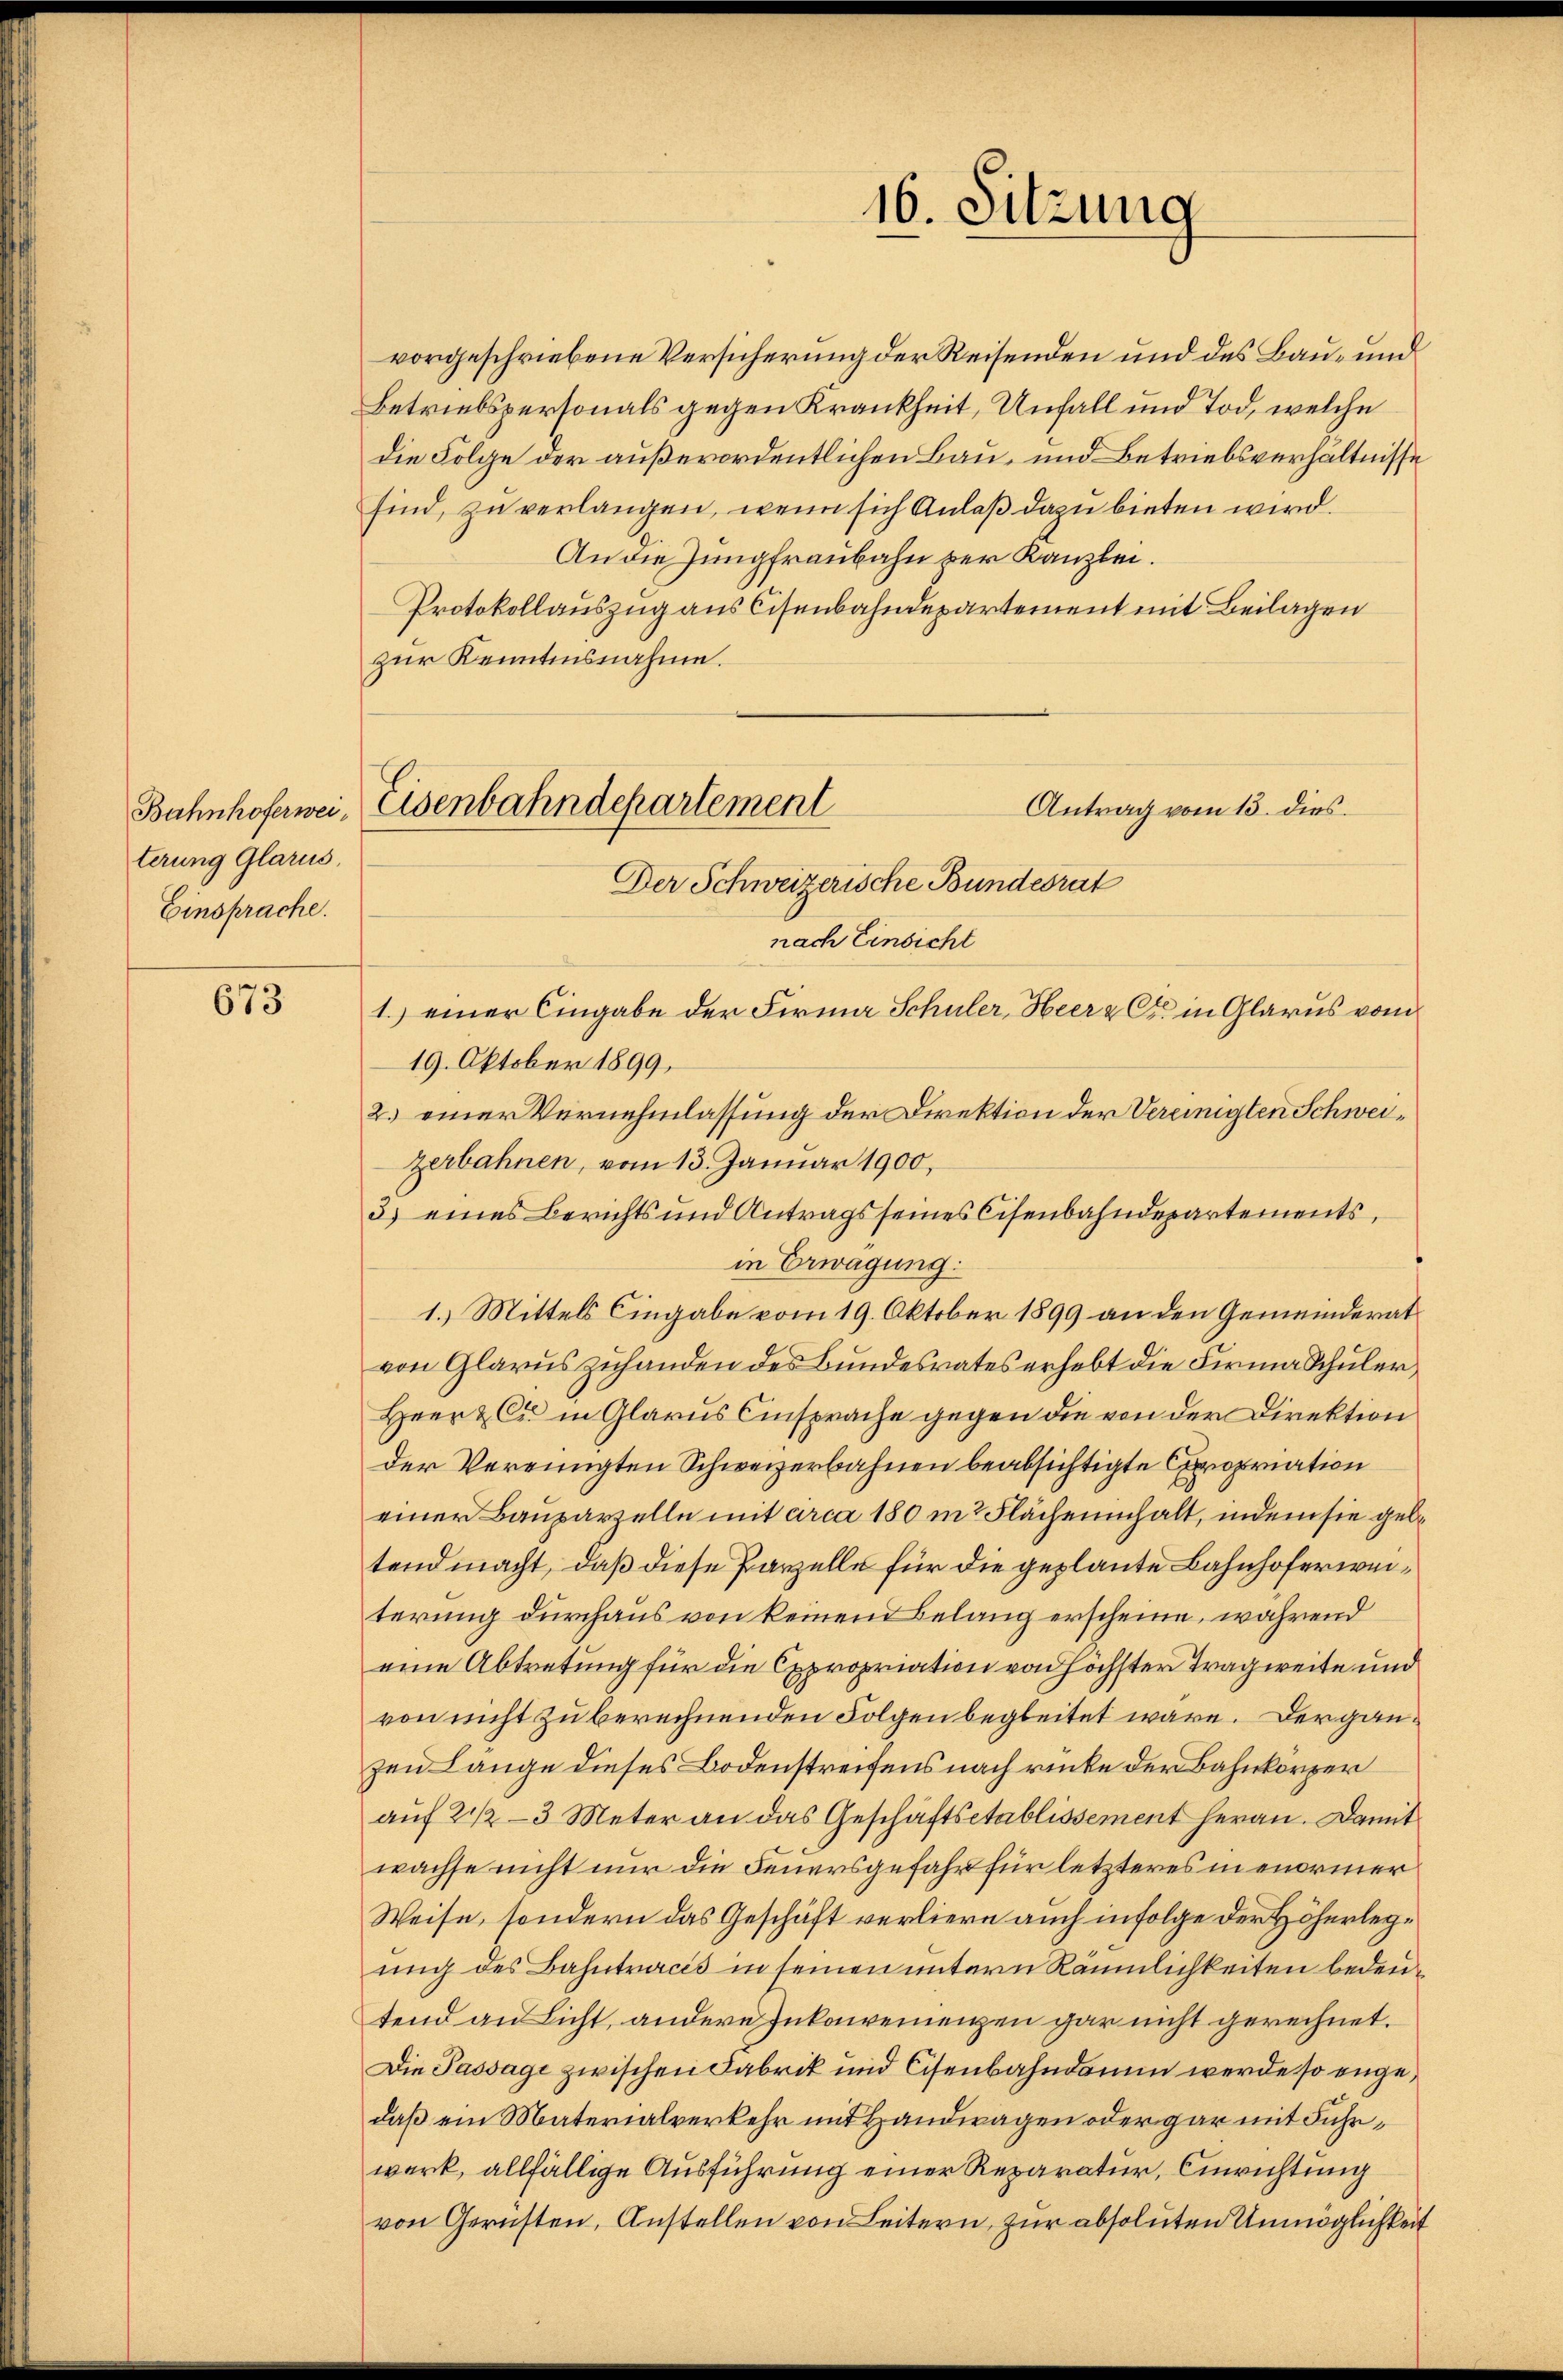
terung Glarus,
Einsprache.

673

vorgeschriebene Versicherung der Reisenden und des Bau- und
Betriebspersonals gegen Krankheit, Unfall und Tod, welche
die Folge der außerordentlichen Bau- und Betriebsverhältnisse
sind, zu verlangen, wenn sich Anlaß dazu bieten wird.
An die Jungfraubahn zur Kanzlei.
Protokollauszug aus Eisenbahndepartement mit Beilagen
zur Kenntnisnahme.
Antrag vom 13. dies
Bahnhoferwei- Eisenbahndepartement

16. Sitzung

Der Schweizerische Bundesrat

nach Einsicht
1.) einer Eingabe der Firma Schuler, Heer & Cie in Glarus vom
19. Oktober 1899,
2.) einer Vernehmlassung der Direktion der Vereinigten Schweizerbahnen, vom 13. Januar 1900,
3) eines Berichts und Antrags seines Cisenbahndepartements,
in Erwägung:
1.) Mittels Eingabe vom 19. Oktober 1899 an den Gemeinderat
von Glarus zuhanden des Bundesrates erhebt die Firma Schuler,
Heer & Cie in Glarus Einsprache gegen die von der Direktion
Der Vereinigten Schweizerbahnen beabsichtigte propriation
einer Bauparzelle mit arca 180 in Flächeninhalt, indem sie geltendmacht, daß diese Parzelle für die geplaute Bahnhoferweiterung durchaus von keinen Belang erscheine, während
eine Abtretung für die Expropriation von höchster Tragweite und
von nicht zu berechnenden Folgen begleitet wäre. Der ganzen Lange dieses Bodenstreifens nach rücke der Bahnkörper
auf 2 1/2–3 Meter an das Geschäftsetablissement heran. Damit
wachse nicht nur die Feuersgefahr für letzteres in enormer
Weise, sondern das Geschäft verliere auch infolge der Höherlegung des Bahntracts in seinen untern Räumlichkeiten bedeutend an Licht, andere Inkaweinenzen gar nicht gerechnet.
Die Passage zwischen Fabrik und Cisenbahndamm werde so engedaß ein Materialverkehr mit Handwagen oder gar mit Fuhrwerk, allfällige Ausführung einer Reparatur, Einrichtung
von Gernsten, Anstellen von Leitern, zur absoluten Unmöglichkeit